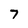
Character: 7